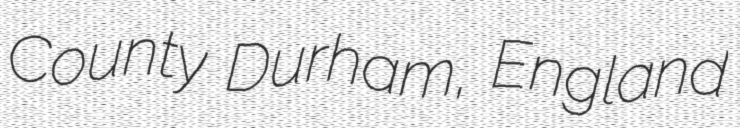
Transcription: County Durham, England